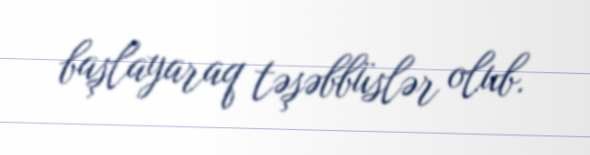
başlayaraq təşəbbüslər olub.